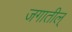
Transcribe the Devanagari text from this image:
जगातील्